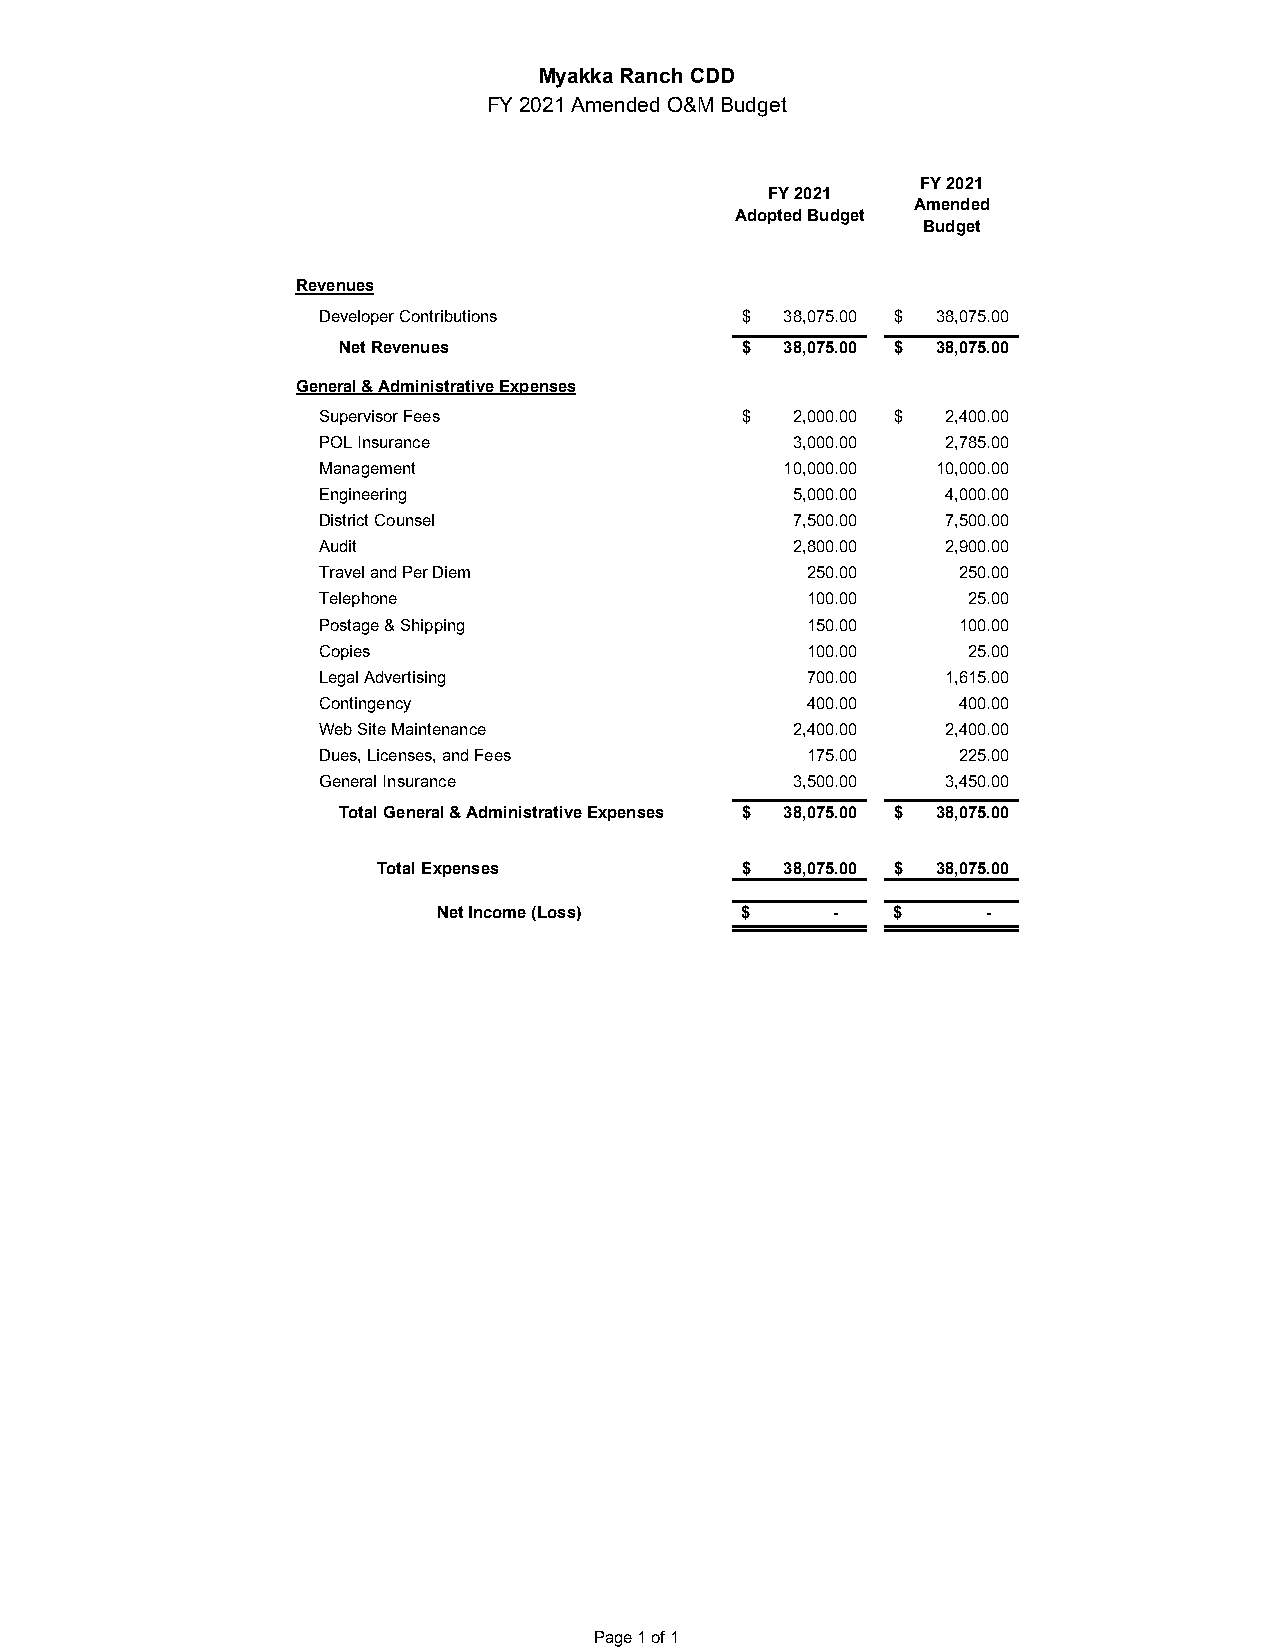
Myakka Ranch CDD
 FY 2021 Amended O&M Budget
 FY 2021
 FY 2021
 Amended
 Adopted Budget
 Budget
 Revenues
 Developer Contributions     $  38,075.00 $ 38,075.00
 Net Revenues               $  38,075.00 $ 38,075.00
 General & Administrative Expenses
 Supervisor Fees             $  2,000.00 $ 2,400.00
 POL Insurance                  3,000.00   2,785.00
 Management                     10,000.00 10,000.00
 Engineering                    5 ,000.00  4,000.00
 District Counsel               7 ,500.00  7,500.00
 Audit                          2 ,800.00  2,900.00
 Travel and Per Diem             2 50.00   250.00
 Telephone                       1 00.00    25.00
 Postage & Shipping              1 50.00   100.00
 Copies                          1 00.00    25.00
 Legal Advertising               7 00.00   1,615.00
 Contingency                     4 00.00   400.00
 Web Site Maintenance           2 ,400.00  2,400.00
 Dues, Licenses, and Fees        1 75.00   225.00
 General Insurance              3 ,500.00  3,450.00
 Total General & Administrative Expenses $ 38,075.00 $ 38,075.00
 Total Expenses          $  38,075.00 $ 38,075.00
 Net Income (Loss)   $     -   $     -
 Page 1 of 1